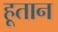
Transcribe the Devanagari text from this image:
हूतान